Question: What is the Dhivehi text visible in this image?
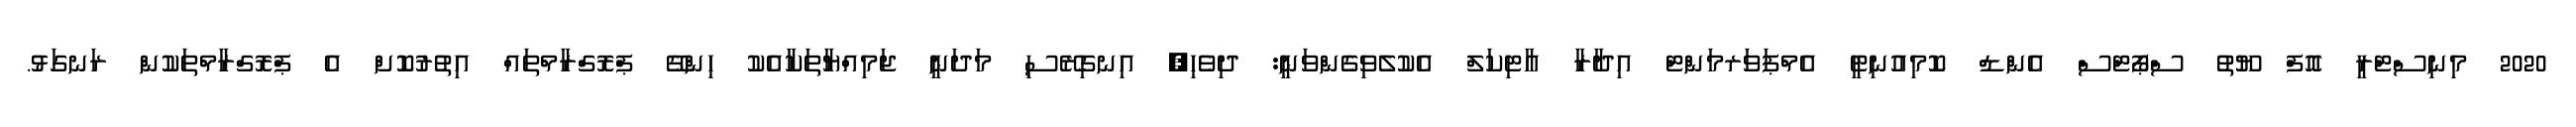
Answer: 2020 މިނިސްޓްރީ އޮފް ޔޫތު ސްޕޯޓްސް އެންޑް ކޮމިއުނިޓީ އެމްޕަވަރމަންޓް އިދާރާ އާޓިކަލް އެކުލެވިގެންވަނީ: ދިވެހި, އިނގިރޭސި މަދަނީ ޖަމިއްޔާތަކާއެކު ހިންގޭ ޕްރޮގްރާމްތައް އިތުރުކޮށް އެ ޕްރޮގްރާމްތަކުން ރަނގަޅު.